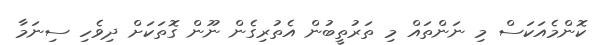
ކޮންމެއަކަސް މި ނަންތައް މި ތަރުތީބުން އެތުރިގެން ނޫން ގޮތަކަށް ދިވެހި ސިނަމާ